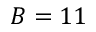
B = 1 1